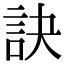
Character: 訣